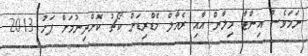
ނަމަވެސް އިންޓާ މިލާން އާއި ރެއާލް މެޑްރިޑަށް ކޯޗު ކޮށްދިނުމަށް ފަހު 2013